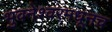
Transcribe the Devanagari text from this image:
भुवनेश्वरमधूनच